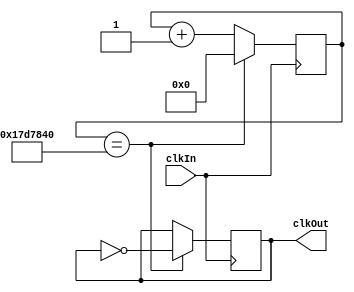
module OneHertz(
    input      clkIn,
    output reg clkOut);
    
    reg   [25:0] counter;
        
    always @(posedge clkIn) begin
        counter <= counter + 1;
        if(counter == 25'd25000000) begin
            counter <= 0;
            clkOut <= ~clkOut;
        end
    end
 endmodule